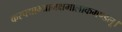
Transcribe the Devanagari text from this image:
करपद्माभ्यामक्षमालाकमण्डलू।